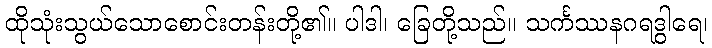
ထိုသုံးသွယ်သောစောင်းတန်းတို့၏။ ပါဒါ၊ ခြေတို့သည်။ သင်္ကဿနဂရဒွါရေ၊